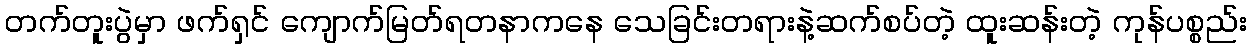
တက်တူးပွဲမှာ ဖက်ရှင် ကျောက်မြတ်ရတနာကနေ သေခြင်းတရားနဲ့ဆက်စပ်တဲ့ ထူးဆန်းတဲ့ ကုန်ပစ္စည်း